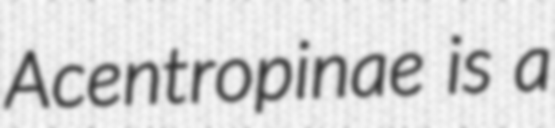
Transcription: Acentropinae is a